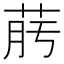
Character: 𦯟